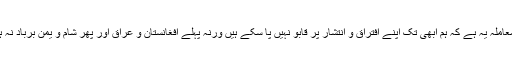
ہمارا معاملہ یہ ہے کہ ہم ابھی تک اپنے افتراق و انتشار پر قابو نہیں پا سکے ہیں ورنہ پہلے افغانستان و عراق اور پھر شام و یمن برباد نہ ہوتے !